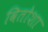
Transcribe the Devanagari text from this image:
वितोशा